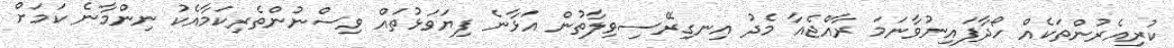
ކުރިއެރުންތަކެއް ހޯދާފައިނުވާނަމަ ރާއްޖެއާ މެދު އިނގިރޭސިވިލާތުން އަޅާނެ ފިޔަވަޅުތައް ވިސްނުންތެރިކަމާއެކު ނިންމާނެ ކަމަށް